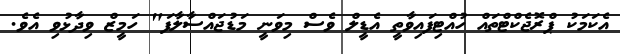
އެކަމަކު ޕްރޮޖެކްޓްތައް ހުއްޓިފައިވާތީ އެޑީލް ވެސް މިވަނީ މަޑުޖައްސާލާފަ" ހަމީޒް ވިދާޅުވި އެވެ.